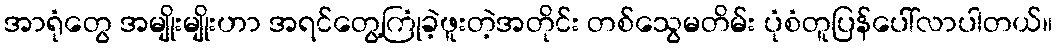
အာရုံတွေ အမျိုးမျိုးဟာ အရင်တွေ့ကြုံခဲ့ဖူးတဲ့အတိုင်း တစ်သွေမတိမ်း ပုံစံတူပြန်ပေါ်လာပါတယ်။